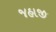
જહાજી